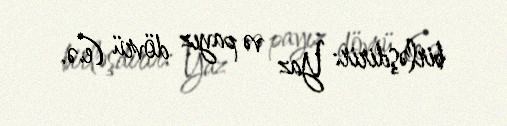
birləşdirir: Yaz və payız dövrü (e.ə.